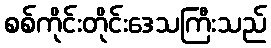
စစ်ကိုင်းတိုင်းဒေသကြီးသည်